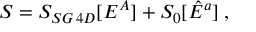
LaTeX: S = S _ { S G \, 4 D } [ E ^ { A } ] + S _ { 0 } [ \hat { E } ^ { a } ] \; ,